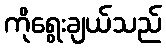
ကိုရွေးချယ်သည်